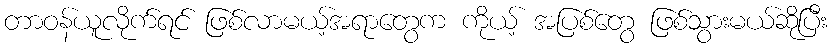
တာဝန်ယူလိုက်ရင် ဖြစ်လာမယ့်အရာတွေက ကိုယ့် အပြစ်တွေ ဖြစ်သွားမယ်ဆိုပြီး